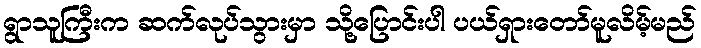
ရွာသူကြီးက ဆက်လုပ်သွားမှာ သို့ပြောင်းပါ ပယ်ရှားတော်မူလိမ့်မည်